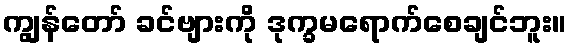
ကျွန်တော် ခင်ဗျားကို ဒုက္ခမရောက်စေချင်ဘူး။